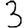
Digit: 3